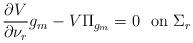
LaTeX: \begin{align*}\dfrac{\partial V}{\partial \nu_r}g_m - V\Pi_{g_m} = 0 \ \ \mbox{on $\Sigma_r$} \end{align*}